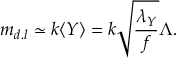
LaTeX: m _ { d . l } \simeq k \langle Y \rangle = k \sqrt { \frac { \lambda _ { Y } } { f } } \Lambda .